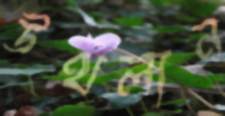
উথলান